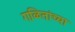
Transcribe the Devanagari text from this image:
गळितांच्या